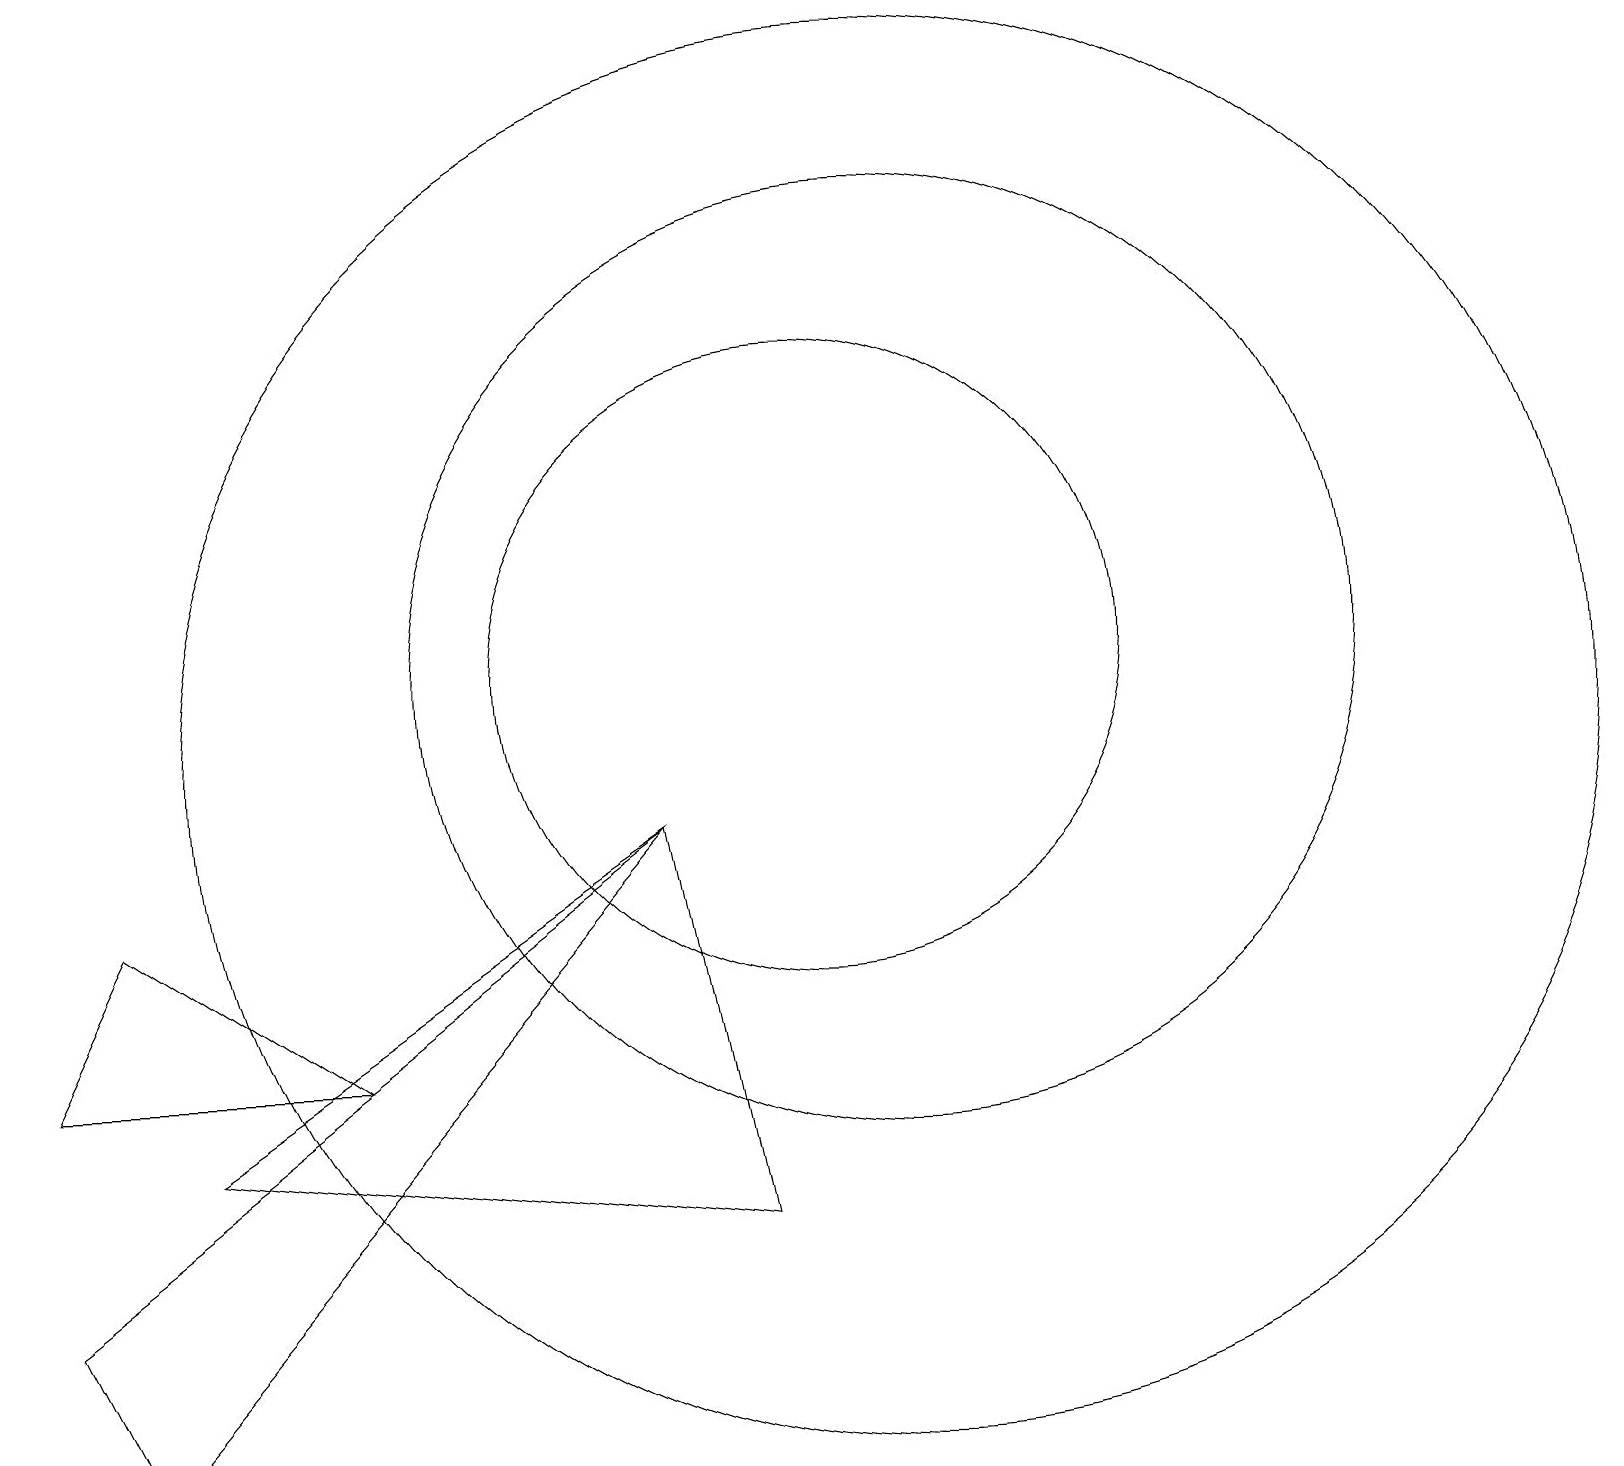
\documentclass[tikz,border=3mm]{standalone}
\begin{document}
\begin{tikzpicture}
\draw (11,11) circle (6);
\draw (0,3) -- (1,1) -- (8,9) -- cycle;
\draw (11,10) circle (9);
\draw (9,4) -- (2,5) -- (8,9) -- cycle;
\draw (1,8) -- (0,6) -- (4,6) -- cycle;
\draw (10,11) circle (4);
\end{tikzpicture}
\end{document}